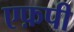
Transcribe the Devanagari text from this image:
एफ़पी